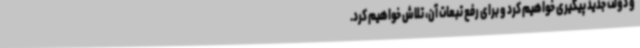
و دولت جدید پیگیری خواهیم کرد و برای رفع تبعات آن، تلاش خواهیم کرد.